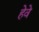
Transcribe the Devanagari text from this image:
हेवे